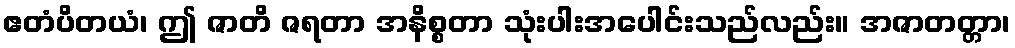
ဧတံပိတယံ၊ ဤ ဇာတိ ဇရတာ အနိစ္စတာ သုံးပါးအပေါင်းသည်လည်း။ အဇာတတ္တာ၊